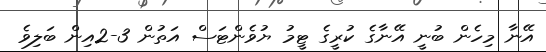
އޭނާ މިހެން ބުނީ އޭނާގެ ކުރީގެ ޓީމު ޔުވެންޓަސް އަތުން 3-2އިން ބަލިވެ